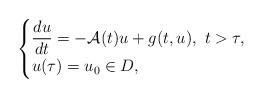
LaTeX: \begin{align*}\begin{cases}\displaystyle \frac{du}{dt} =- \mathcal{A}(t)u+g(t,u),\ t>\tau, \\ u(\tau) =u_0\in D,\end{cases}\end{align*}